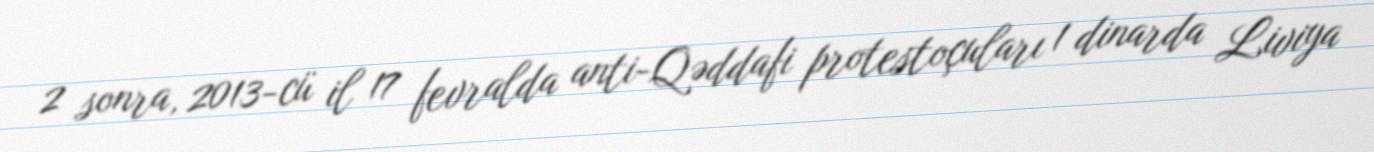
2 sonra, 2013-cü il 17 fevralda anti-Qəddafi protestoçuları 1 dinarda Liviya